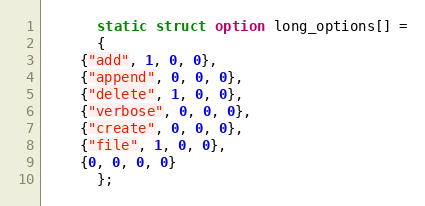
Language: C
      static struct option long_options[] =
      {
	{"add", 1, 0, 0},
	{"append", 0, 0, 0},
	{"delete", 1, 0, 0},
	{"verbose", 0, 0, 0},
	{"create", 0, 0, 0},
	{"file", 1, 0, 0},
	{0, 0, 0, 0}
      };